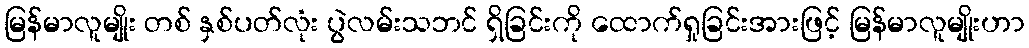
မြန်မာလူမျိုး တစ် နှစ်ပတ်လုံး ပွဲလမ်းသဘင် ရှိခြင်းကို ထောက်ရှုခြင်းအားဖြင့် မြန်မာလူမျိုးဟာ